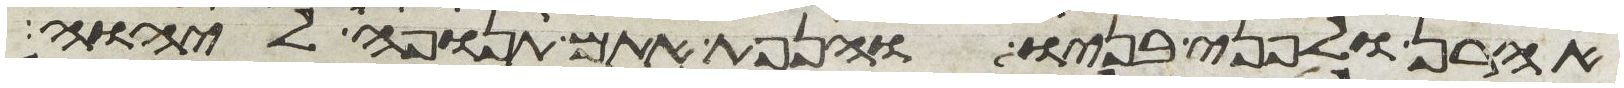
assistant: אהרן ולפני בניו והנפת אתם תנופה ליהוה